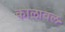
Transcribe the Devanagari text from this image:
कालावल